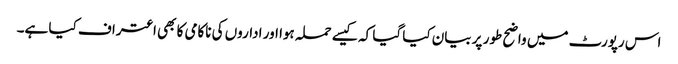
اس رپورٹ میں واضح طور پر بیان کیا گیا کہ کیسے حملہ ہوا اور اداروں کی ناکامی کا بھی اعتراف کیا ہے۔